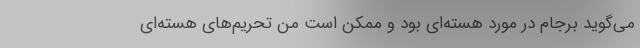
می‌گوید برجام در مورد هسته‌ای بود و ممکن است من تحریم‌های هسته‌ای